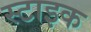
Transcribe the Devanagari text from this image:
स्टाइक